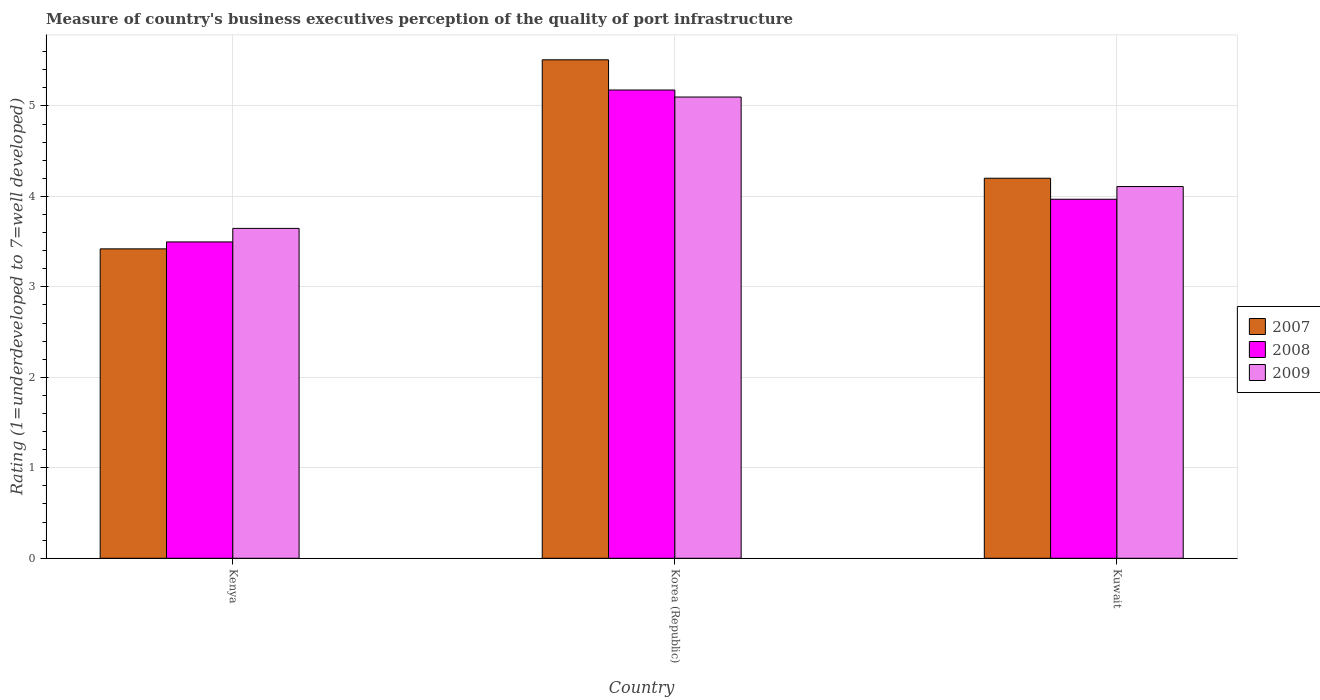
| Country | 2007 | 2008 | 2009 |
 | --- | --- | --- | --- |
 | Kenya | 3.42 | 3.5 | 3.65 |
 | Korea (Republic) | 5.51 | 5.18 | 5.1 |
 | Kuwait | 4.2 | 3.97 | 4.11 |